Annual report on the lock hospitals of the Madras Presidency
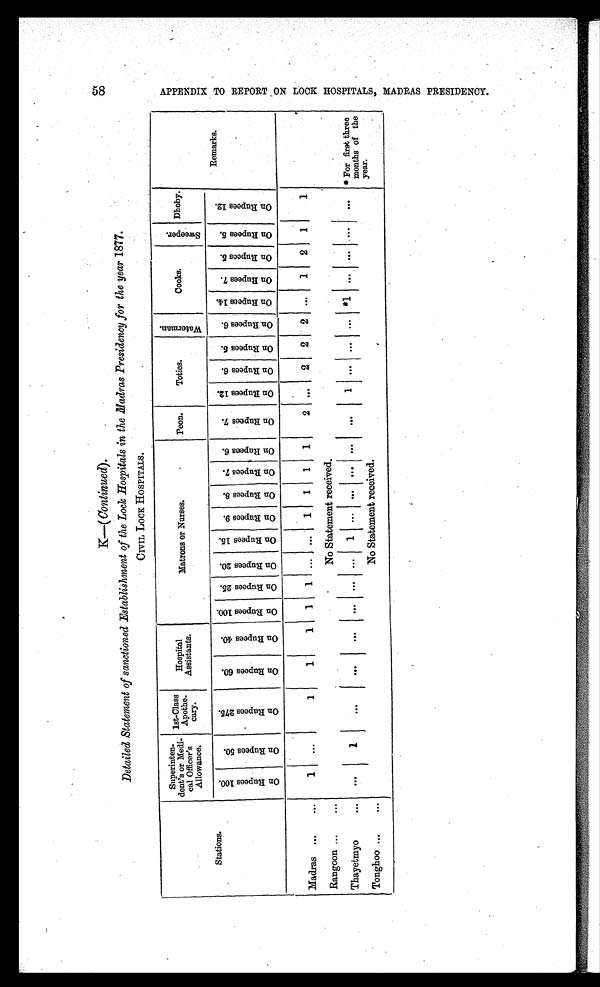
K—(Continued).
Detailed Statement of sanctioned Establishment of the Lock Hospitals in the Madras Presidency for the year 1877.
CIVIL LOCK HOSPITALS,
Stations.
Superinten
- d e n t ' s o r Me d i
cal Officer's
Allowance.
1st Class
Apothe
-cary
Hospital
Assistants.
Matrons or Nurses.
Peon.
Toties.
W a t e r m a n
Cooks.
S w e e p e r .
Dhoby.
O n R u p e e s 1 0 0 .
O n R u p e e s 5 0 .
O n R u p e e s 2 7 5 .
O n R u p e e s 6 0 .
O n R u p e e s 4 0 .
O n R u p e e s 1 0 0 .
O n R u p e e s 2 5 .
O n R u p e e s 2 0 .
O n R u p e e s 1 5 .
O n R u p e e s 9 .
O n R u p e e s 8 .
O n R u p e e s 7 . O n R u p e e s 6 .
O n R u p e e s 7 .
O n R u p e e s 1 2 .
O n R u p e e s 6
O n R u p e e s 5 .
O n R u p e e s 6 .
O n R u p e e s 1 4 .
O n R u p e e s 7 .
O n R u p e e s 5 .
O n R u p e e s 5 .
O n R u p e e s 1 2 .
Remarks.
Madras ...
...
1
. . .
1
1
1
1
1
. . .
. . . 1
1
1
1
2
. . .
2
2
2 ...
1
2
1
1
Rangoon ...
...
No Statement received.
Thayetmyo
...
. . .
1
. . .
. . .
. . .
...
. . .
. . .
1
. . .
. . . . . . . . .
. . .
1
. . .
. . .
. . .
1 . . .
. . .
. . .
. . . * For first three
months of the
year.
Tonghoo ...
...
No Statement received.
A P P E N D I X T O R E P O R T O N L O C K H O S P I T A L S , M A D R A S P R E S I D E N C Y .